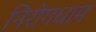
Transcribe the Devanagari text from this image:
निरोगधाम